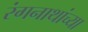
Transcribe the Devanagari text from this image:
रंगनाथांच्या